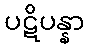
ပဋိပန္နာ